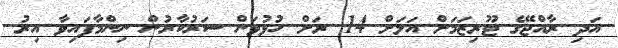
އަދި ރާއްޖޭގެ ޓޫރިޒަމަށް އަލަށް 14 ރަށް ހުޅުވަން ސަރުކާރުން ނިންމާފައިވާ އިރު